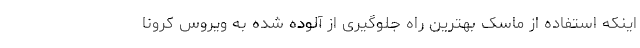
اینکه استفاده از ماسک بهترین راه جلوگیری از آلوده شده به ویروس کرونا